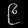
Digit: ၉